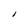
Character: l